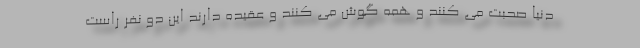
دنیا صحبت می کنند و همه گوش می کنند و عقیده دارند این دو نفر راست